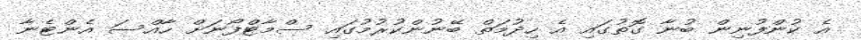
އެ ކުންފުނިން ބުނާ ގޮތުގައި އެ ހިދުމަތް ބޭނުންކުރުމުގައި ސްމާޓްފޯނަށް ހާއްސަ އެންޓެނާ